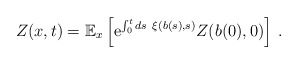
\begin{align*}Z(x,t) = \mathbb{E}_x\left[ \mathrm{e}^{\int_0^t ds~ \xi(b(s),s)} Z(b(0),0)\right]\,.\end{align*}